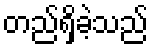
တည်ရှိခဲ့သည်